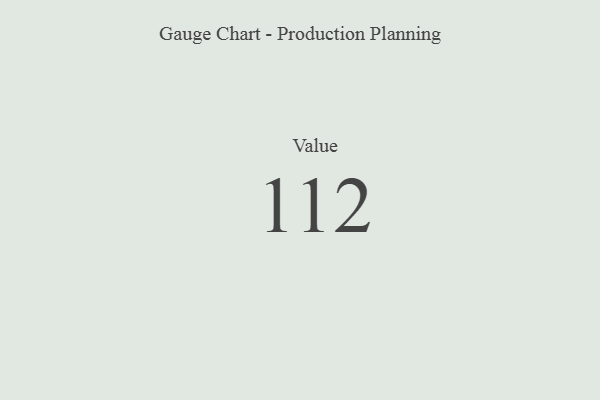
{"axis": {"x": "Metric", "y": "Value"}, "legend": [""], "data": [{"x": "Value", "y": 112, "type": ""}]}